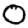
Digit: 0